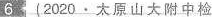
6(2020.太原山大附中检